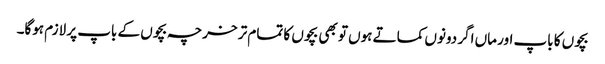
بچوں کا باپ اور ماں اگر دونوں کماتے ہوں تو بھی بچوں کا تمام تر خرچہ بچوں کے باپ پر لازم ہوگا۔